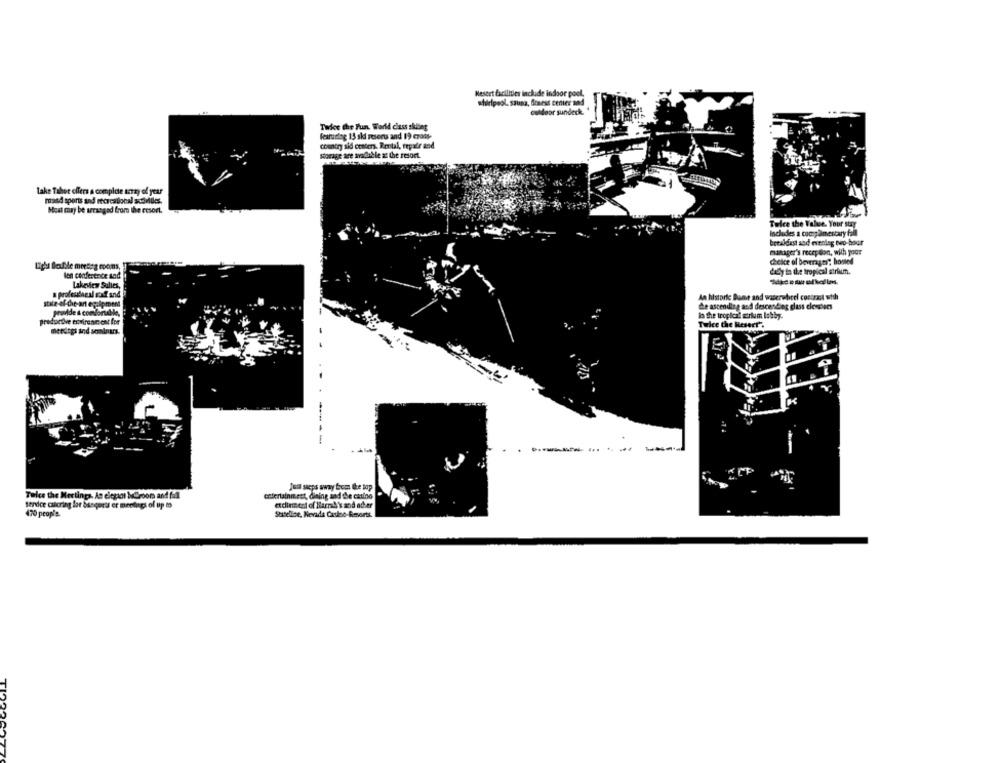
Hesert Facilities include indoor pool.
storipool. sauna, freess center and
outdoor sunderk.
Twice the Fun. World class skiing
fearuitleg 13 ski resorts and 19 czony-
country sid cceters. Rental, repair and
Forage are available at the resort.
Lake Tahoe offers a complde angy of year
round sports and recreational scovidles.
Most may be arranged from the resort.
breakfast and evening two-how
manager's reception, with you
chelce of beverages" bosted
len conference and
daily in the tropical atrium.
Lakeview Sulles,
a profondacal salt and
An historic Dume and waterwheel contrast with
state of the-art egalement
de ascending and descending glass cleviers
provide s comfortable,
productive envirenic cat for
la the troplant arium lobby.
Twice the Mesert".
meetings and seminars.
Judd steps away from te top
Tulce the Meetings. An elegant beCroon and full
entertainment, dining and the casino
rdineert of Harry's and adher
Service catering lot bisqueus er meetings of up to
470 people.
Stitelice, Nevada Cadac-Resorts.